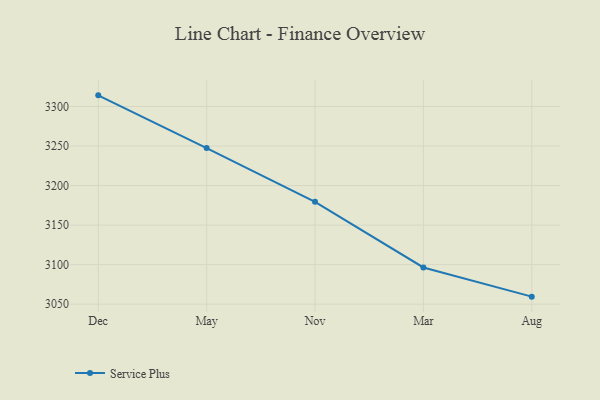
{"axis": {"x": "Month", "y": "Energy Usage (MWh)"}, "legend": ["Service Plus"], "data": [{"x": "Dec", "y": 3314.1, "type": "Service Plus"}, {"x": "May", "y": 3247.4, "type": "Service Plus"}, {"x": "Nov", "y": 3179.5, "type": "Service Plus"}, {"x": "Mar", "y": 3096.4, "type": "Service Plus"}, {"x": "Aug", "y": 3059.5, "type": "Service Plus"}]}